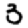
Digit: 3